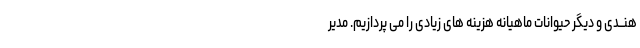
هنــدى و دیگر حیوانات ماهیانه هزینه هاى زیادى را مى پردازیم. مدیر